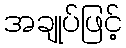
အချုပ်ဖြင့်